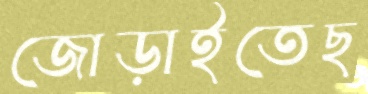
জোড়াইতেছ